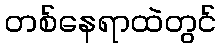
တစ်နေရာထဲတွင်